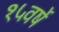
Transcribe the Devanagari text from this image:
१५वर्षे